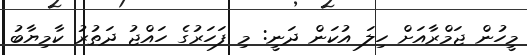
މީހުން ޖަމްރާއަށް ހިލަ އުކަން ދަނީ: މި ފަހަރުގެ ހައްޖު ދަތުރު ކާމިޔާބު